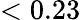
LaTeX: <0.23